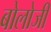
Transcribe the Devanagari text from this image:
बोलोजी